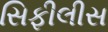
સિફીલીસ